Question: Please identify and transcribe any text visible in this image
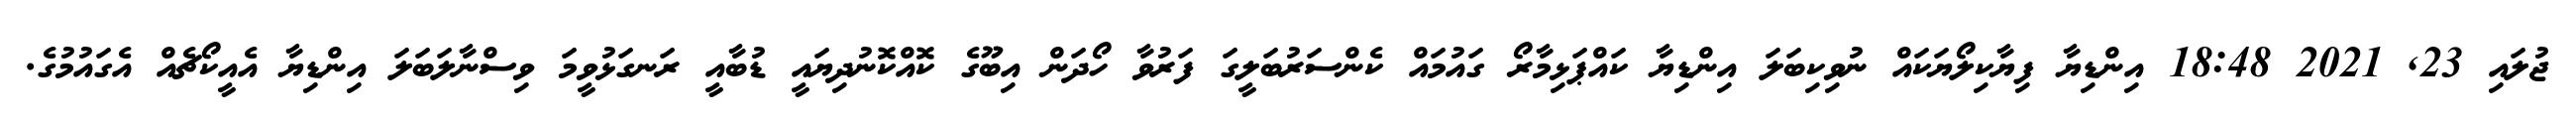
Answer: ޖުލައި 23, 2021 18:48 އިންޑިޔާ ފިޔާކިލޯޔަކައް ނުވިކިބަލަ އިންޑިޔާ ކައްޕަޅިމާރޯ ގައުމައް ކެންސަރުބަލީގަ ފަރުވާ ހޯދަން އިބޫގެ ކޮއްކޮނުދިޔައީ ޑުބާއީ ރަނގަޅުވީމަ ވިސްނާލަބަލަ އިންޑިޔާ އެއީކޯޗެއް އެގައުމުގެ.